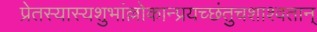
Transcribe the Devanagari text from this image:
प्रेतस्यास्यशुभांल्लोकान्प्रयच्छंतुचशाश्वतान्